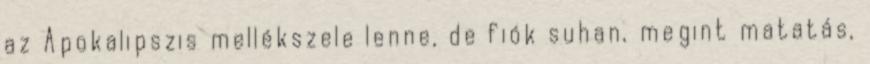
az Apokalipszis mellékszele lenne, de fiók suhan, megint matatás,